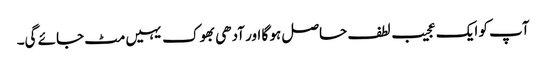
آپ کو ایک عجیب لطف حاصل ہو گا اور آدھی بھوک یہیں مٹ جائے گی۔